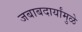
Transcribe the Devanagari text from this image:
जबाबदार्यांमुळे